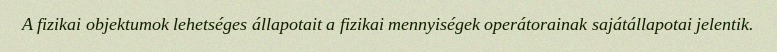
A fizikai objektumok lehetséges állapotait a fizikai mennyiségek operátorainak sajátállapotai jelentik.